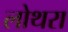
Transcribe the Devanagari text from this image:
लोथरा